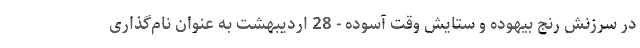
در سرزنش رنج بیهوده و ستایش وقت آسوده - 28 اردیبهشت به عنوان نام‌گذاری